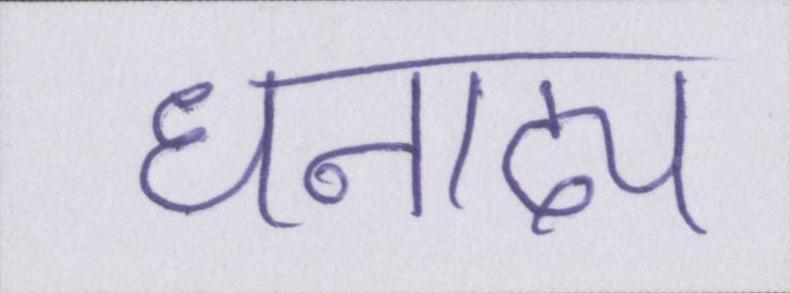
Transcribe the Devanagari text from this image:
धनाढ्य